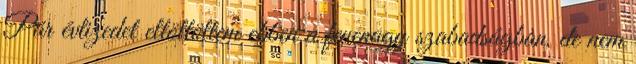
Pár évtizedet eltöltöttem ebben a fenenagy szabadságban, de nem